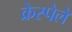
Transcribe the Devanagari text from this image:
क्रेस्पेले